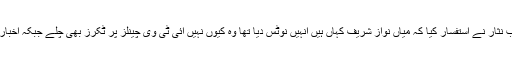
سماعت کے آغاز پر جسٹس ثاقب نثار نے استفسار کیا کہ میاں نواز شریف کہاں ہیں انہیں نوٹس دیا تھا وہ کیوں نہیں آئی ٹی وی چینلز پر ٹکرز بھی چلے جبکہ اخبارات کی لیڈ سٹوری بھی یہی ہے۔